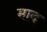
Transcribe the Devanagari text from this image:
माद